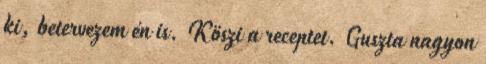
ki, betervezem én is. Köszi a receptet. Guszta nagyon